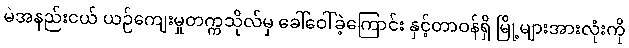
မဲအနည်းငယ် ယဉ်ကျေးမှုတက္ကသိုလ်မှ ခေါ်ဝေါ်ခဲ့ကြောင်း နှင့်တာဝန်ရှိ မြို့များအားလုံးကို